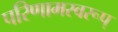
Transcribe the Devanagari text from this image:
परिणामस्वरूप्